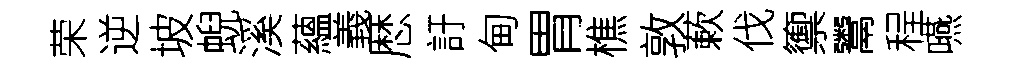
荣逆坡蜺溪蘊義厯訏甸胃樵敦蔌伐籞鬻程嚥